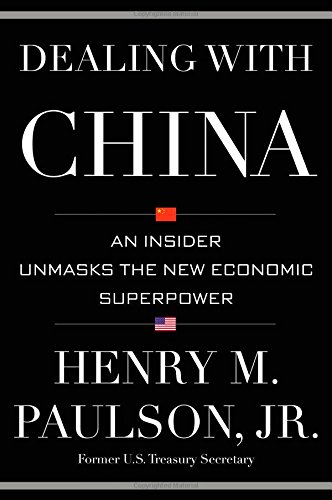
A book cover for Dealing with China: An Insider Unmasks the New Economic Superpower; Henry M. Paulson; Business & Money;